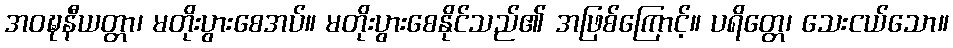
အဝဍ္ဎနီယတ္တာ၊ မတိုးပွားစေအပ်။ မတိုးပွားစေနိုင်သည်၏ အဖြစ်ကြောင့်။ ပရိတ္တေ၊ သေးငယ်သော။